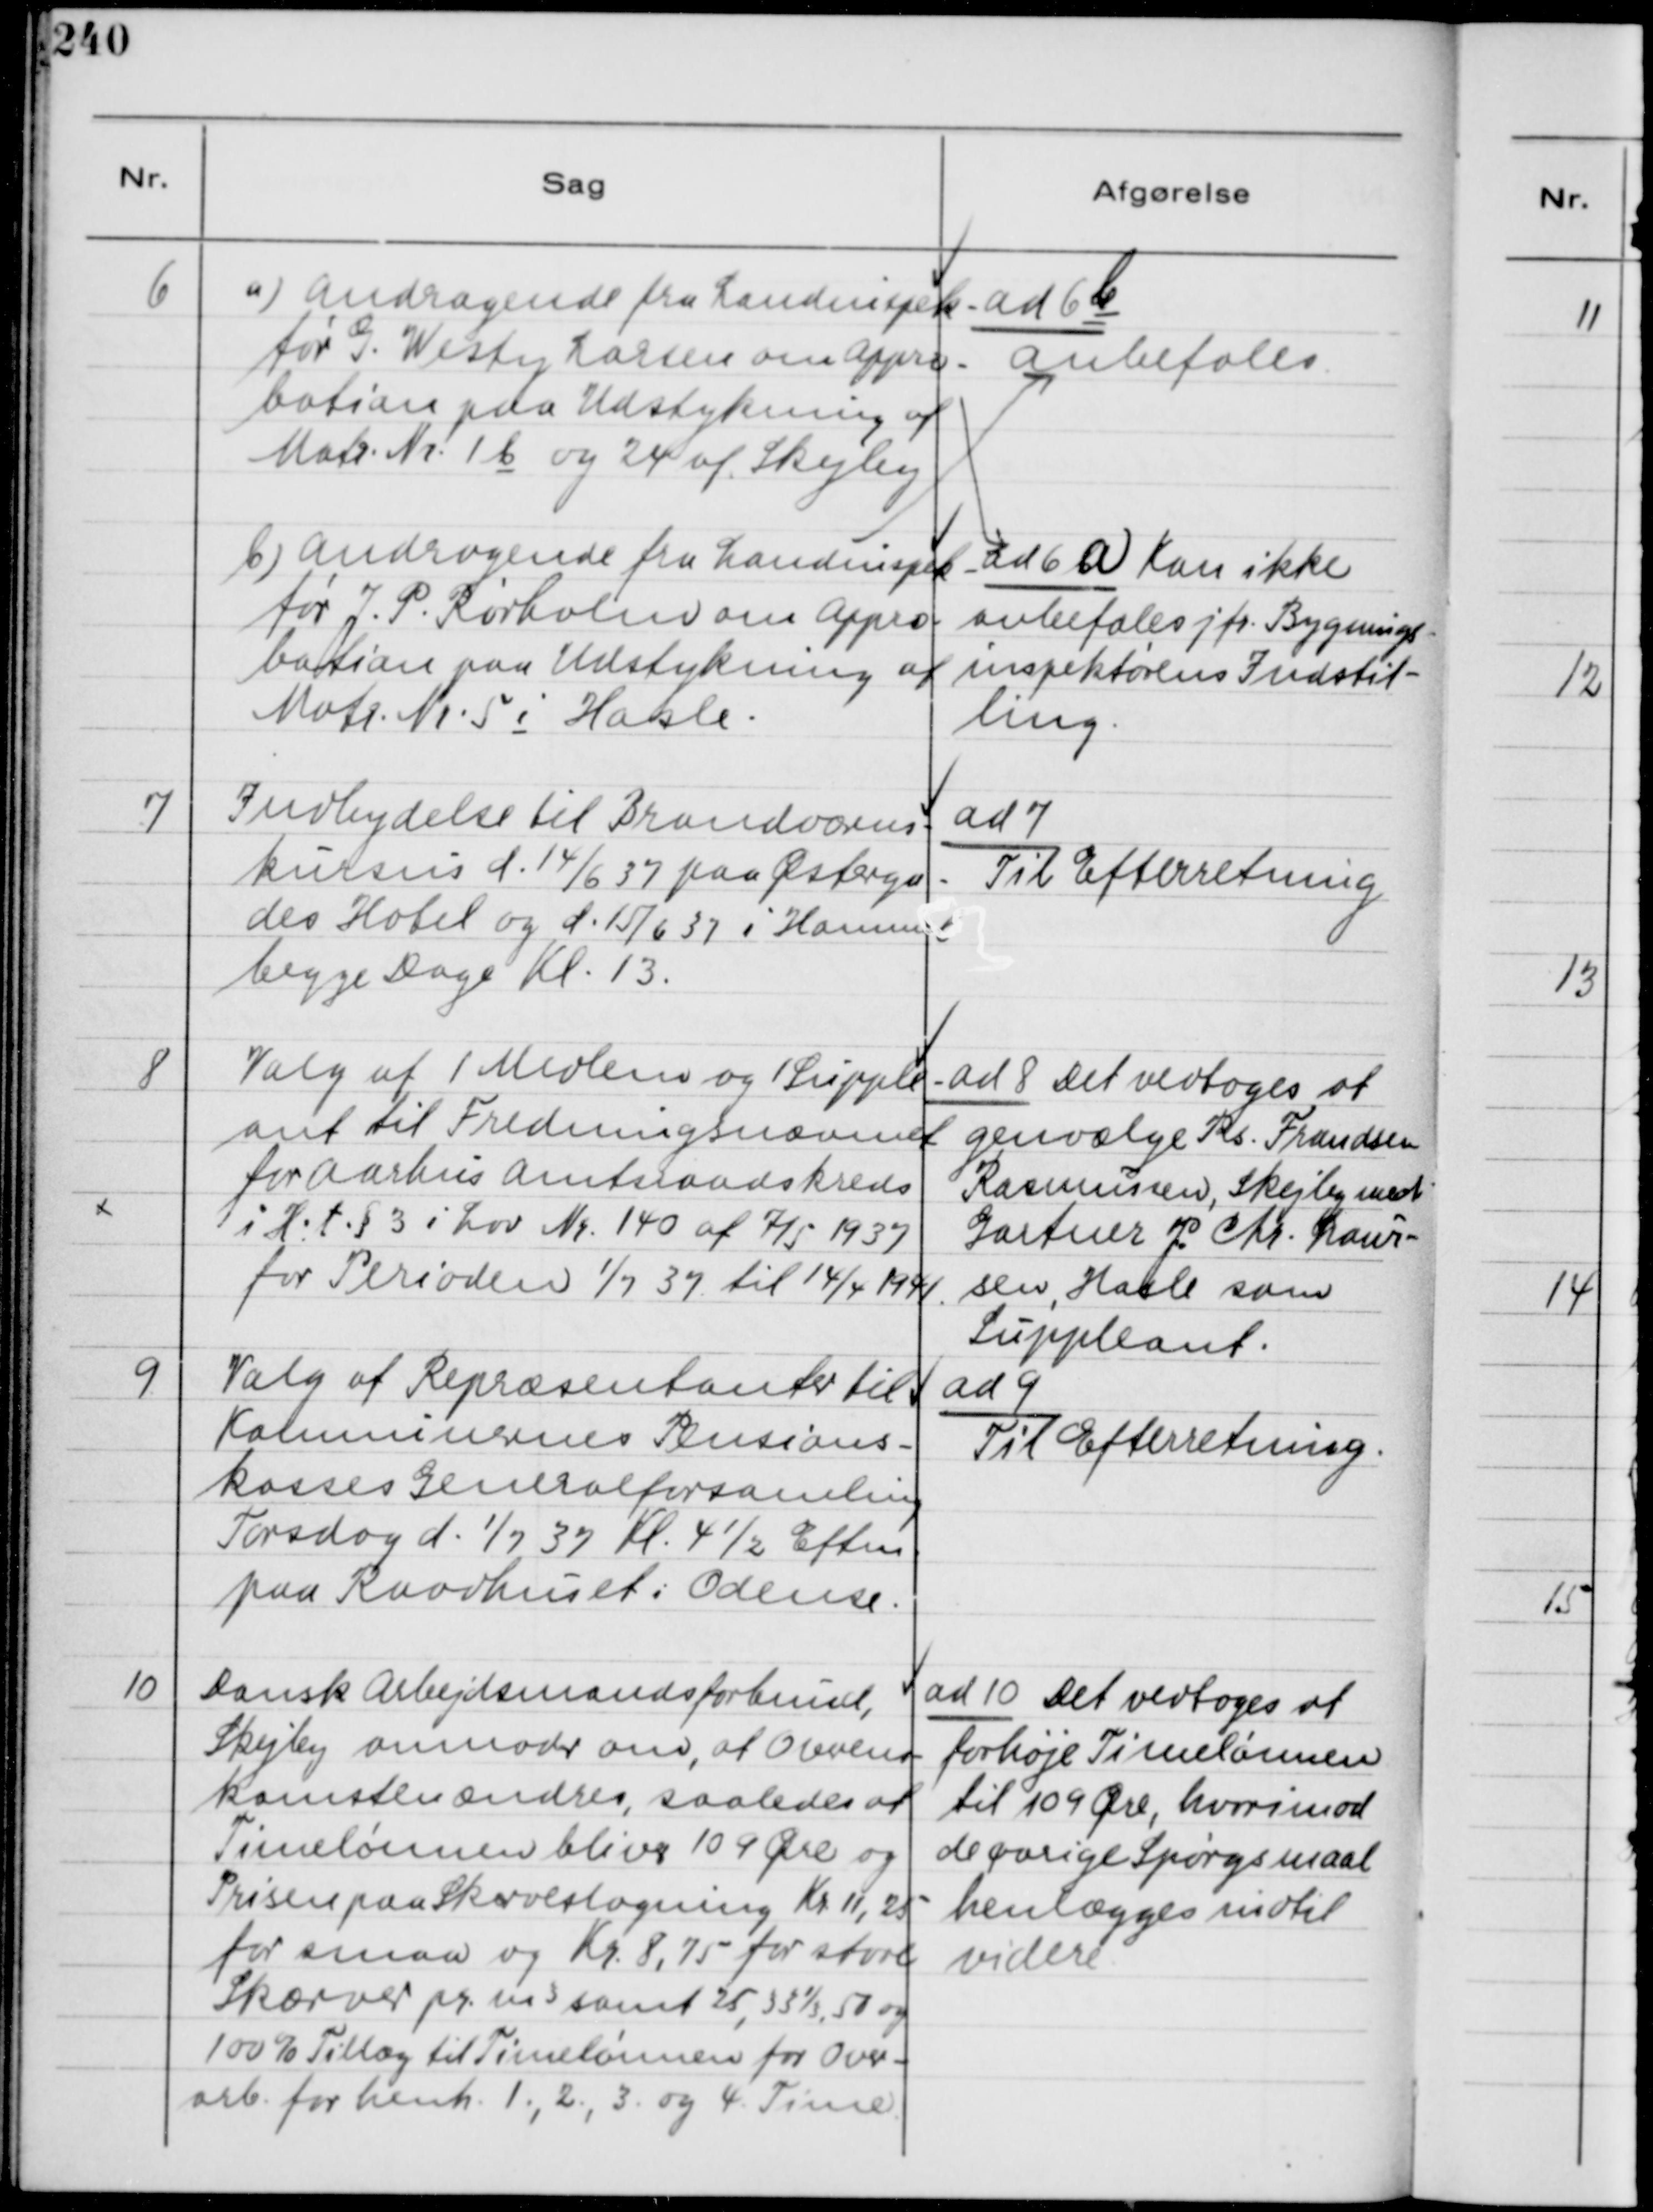
Transskription:
6
a) Andragende fra Landinspek-
tør G. Westy Larsen om Appro-
bation paa Udstykning af
Matr. Nr. 1b og 24 af Skejby
ad 6 a Kan ikke
anbefales jfr. Bygnings-
inspektørens Indstil-
ling.
b) Andragende fra Landinspek-
tør J. P. Rørholm om Appro-
bation paa Udstykning af
Matr. Nr 5 i Hasle.
ad 6 b
Anbefales.

7
Indbydelse til Brandvæsens-
kursus d. 14/6 37 paa Østerga-
des Hotel og d. 15/6 37 i Hammel
begge Dage Kl. 13.

ad 7
Til Efterretning

8
Valg af 1 Medlem og 1 Supple-
ant til Fredeningsnævnet
for Aarhus Amtsraadskreds
i H. t § 3 i Lov Nr. 140 af 7/5 1937
for Perioden 1/7 37 til 14/4 1941.

ad 8 Det vedtoges at
genvælge Rs. Frandsen
Rasmussen, Skejby med
Gartner J. Chr. Laur-
sen, Hasle som
Suppleant.

9
Valg af Repræsentanter til
Komnunernes Pensions-
kasses Generalforsamling
Torsdag d. 1/7 37 Kl. 4½ Eftm.
paa Raadhuset i Odense.

ad 9
Til Efterretning.

10
Dansk Arbejdsmandsforbund,
Skejby anmoder om, at Overens-
komsten ændres, saaledes at
Timelønnen bliver 109 Øre og
Prisen paa Skæveslagning Kr 11,25
for smaa og Kr. 8,75 for store.
Skærver pr. m³ samt 25, 33⅓ 50 og
100% Tillæg til Timelønnen for Over-
arb. for henh. 1., 2., 3. og 4. Time.

ad 10 Det vedtoges at
forhøje Timelønnen
til 109 Øre, hvorimod
de øvrige Spørgsmaal
henlægges indtil
videre.